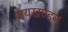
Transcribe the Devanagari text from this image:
भयखण्डन